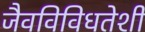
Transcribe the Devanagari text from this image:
जैवविविधतेशी